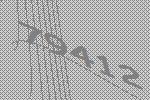
79412